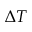
\Delta T